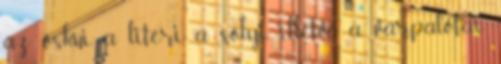
az ösküi, a litéri, a sólyi, illetve a várpalotai